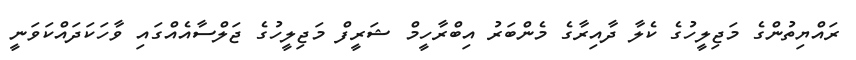
ރައްޔިތުންގެ މަޖިލީހުގެ ކެލާ ދާއިރާގެ މެންބަރު އިބްރާހީމް ޝަރީފް މަޖިލީހުގެ ޖަލްސާއެއްގައި ވާހަކަދައްކަވަނީ